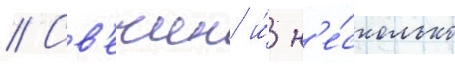
// Св'ечин и́ н'е́сколько